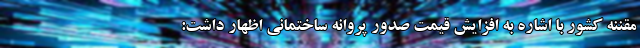
مقننه کشور با اشاره به افزایش قیمت صدور پروانه ساختمانی اظهار داشت: